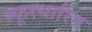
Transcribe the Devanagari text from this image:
स्फूरधारित